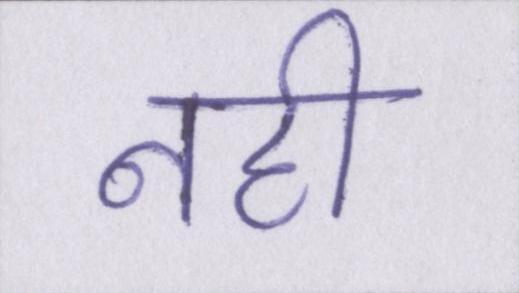
नही